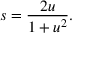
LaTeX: s = { \frac { 2 u } { 1 + u ^ { 2 } } } .